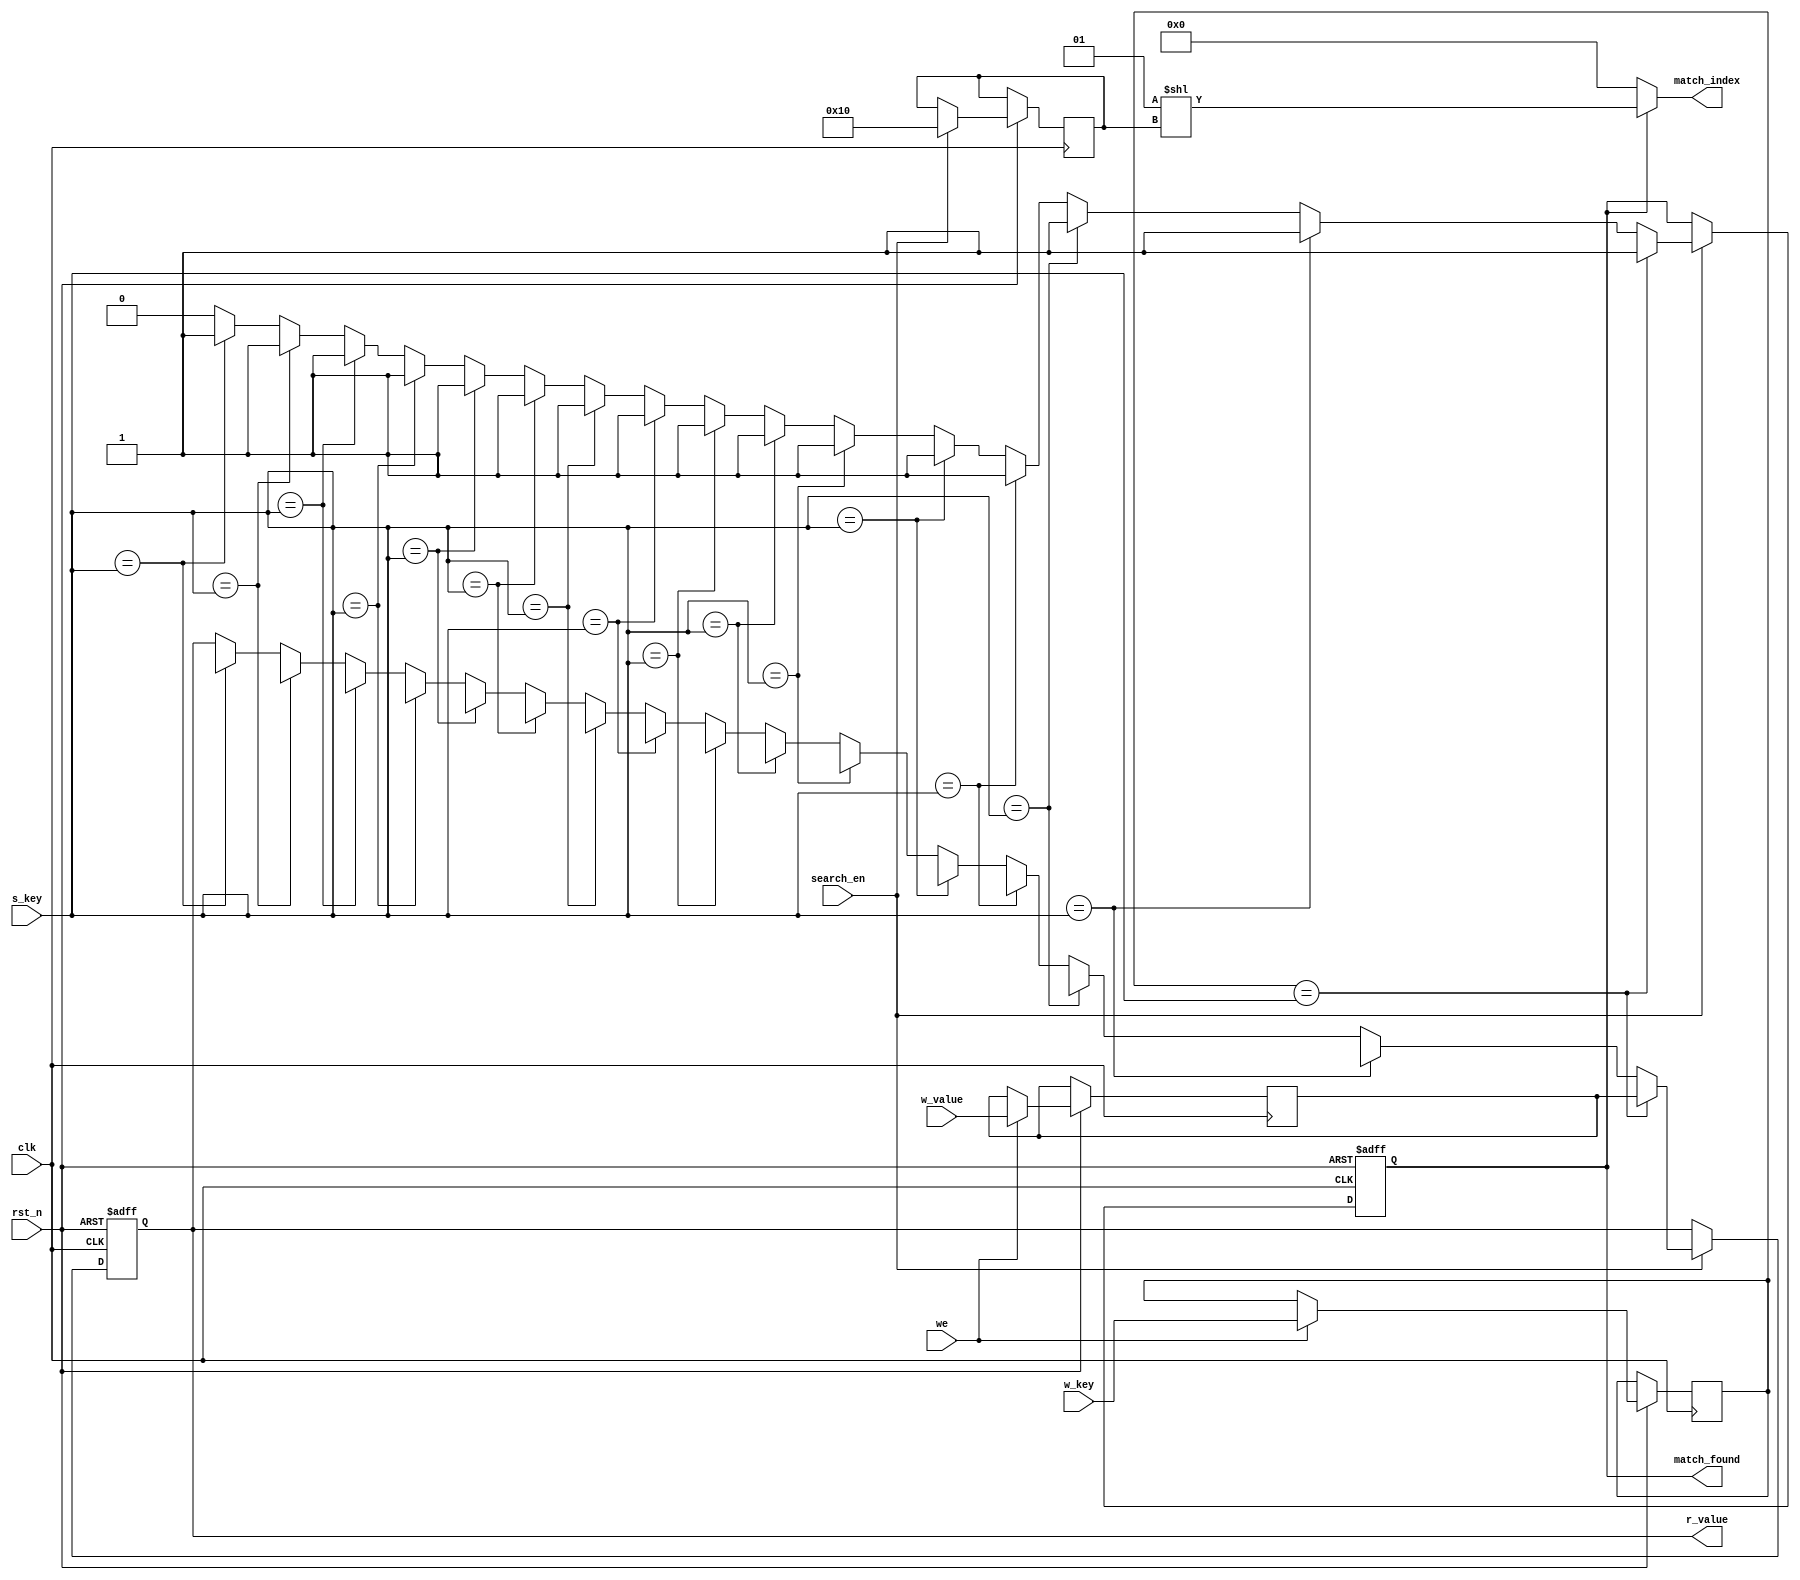
module Buffered_CAM #(
    parameter KEY_WIDTH = 8,   // Width of the key
    parameter VALUE_WIDTH = 8, // Width of the value
    parameter DEPTH = 16        // Number of entries in the CAM
) (
    input wire clk,
    input wire rst_n,
    input wire we,                   // Write enable
    input wire [KEY_WIDTH-1:0] w_key, // Key to write
    input wire [VALUE_WIDTH-1:0] w_value, // Value to write
    input wire search_en,            // Enable search
    input wire [KEY_WIDTH-1:0] s_key, // Key to search
    output reg [VALUE_WIDTH-1:0] r_value, // Retrieved value
    output reg match_found,          // Match found flag
    output wire [DEPTH-1:0] match_index // Match index
);

    // CAM array
    reg [KEY_WIDTH-1:0] cam_keys [0:DEPTH-1];
    reg [VALUE_WIDTH-1:0] cam_values [0:DEPTH-1];

    // Input and output buffers
    reg [KEY_WIDTH-1:0] input_buffer_key;
    reg [VALUE_WIDTH-1:0] input_buffer_value;

    // Search logic
    integer i;
    always @(posedge clk or negedge rst_n) begin
        if (!rst_n) begin
            match_found <= 0;
            r_value <= 0;
        end else begin
            if (we) begin
                // Write operation
                cam_keys[DEPTH-1] <= w_key; // Write key to last position (overwrite for simplicity)
                cam_values[DEPTH-1] <= w_value; // Write value to last position (overwrite for simplicity)
            end
            
            if (search_en) begin
                match_found <= 0;
                for (i = 0; i < DEPTH; i = i + 1) begin
                    if (cam_keys[i] == s_key) begin
                        match_found <= 1;
                        r_value <= cam_values[i];
                    end
                end
            end
        end
    end

    // Match index logic
    assign match_index = match_found ? (1 << i) : 0; // Return the index of the match if found

endmodule